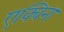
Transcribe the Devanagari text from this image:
एक्विना